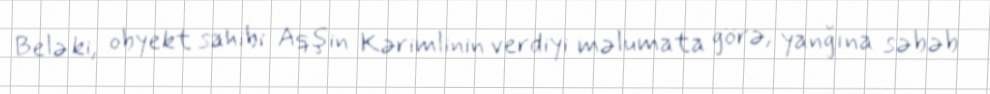
Belə ki, obyekt sahibi Aqşin Kərimlinin verdiyi məlumata görə, yanğına səbəb